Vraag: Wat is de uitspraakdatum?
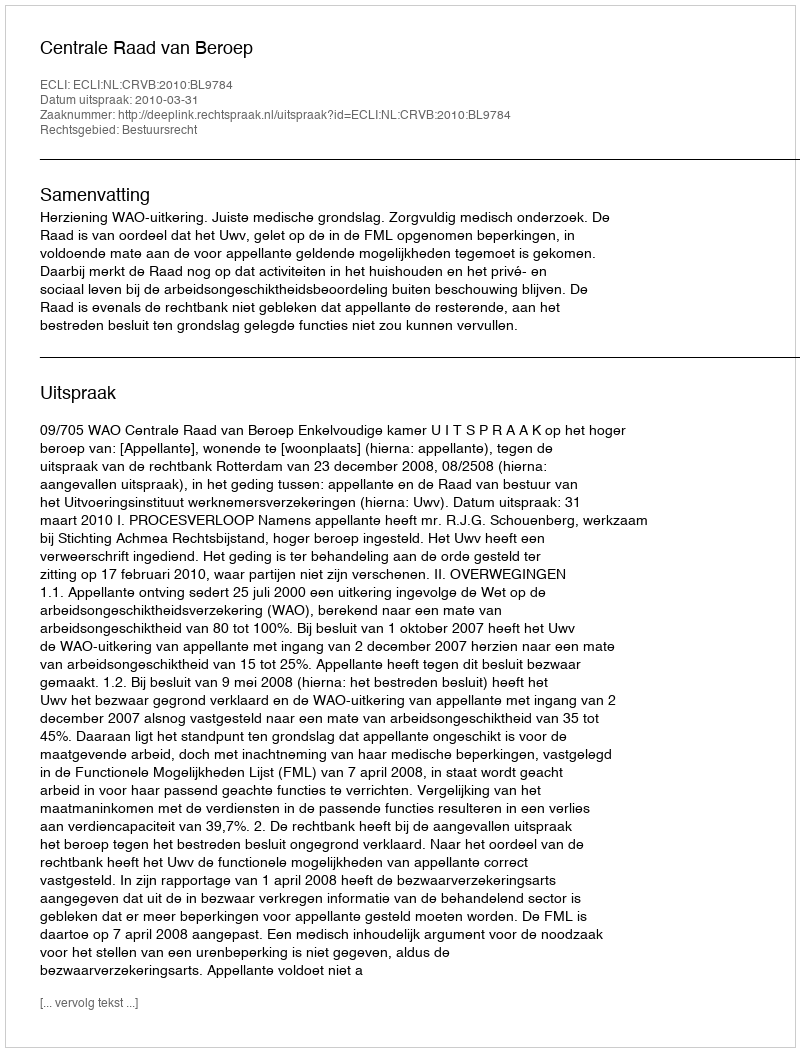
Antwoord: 2010-03-31